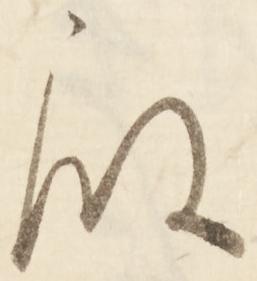
殿